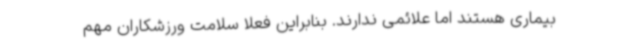
بیماری هستند اما علائمی ندارند. بنابراین فعلا سلامت ورزشکاران مهم